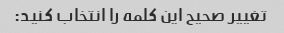
تغییر صحیح این کلمه را انتخاب کنید: